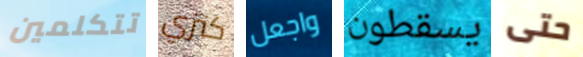
تتكلمين كنزي واجعل يسقطون حتى